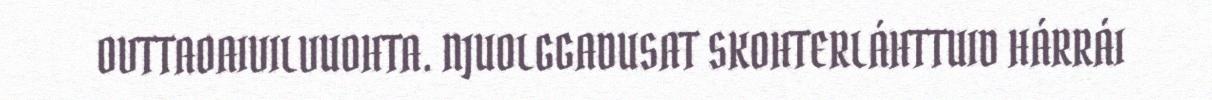
OVTTAOAIVILVUOHTA. NJUOLGGADUSAT SKOHTERLÁHTTUID HÁRRÁI